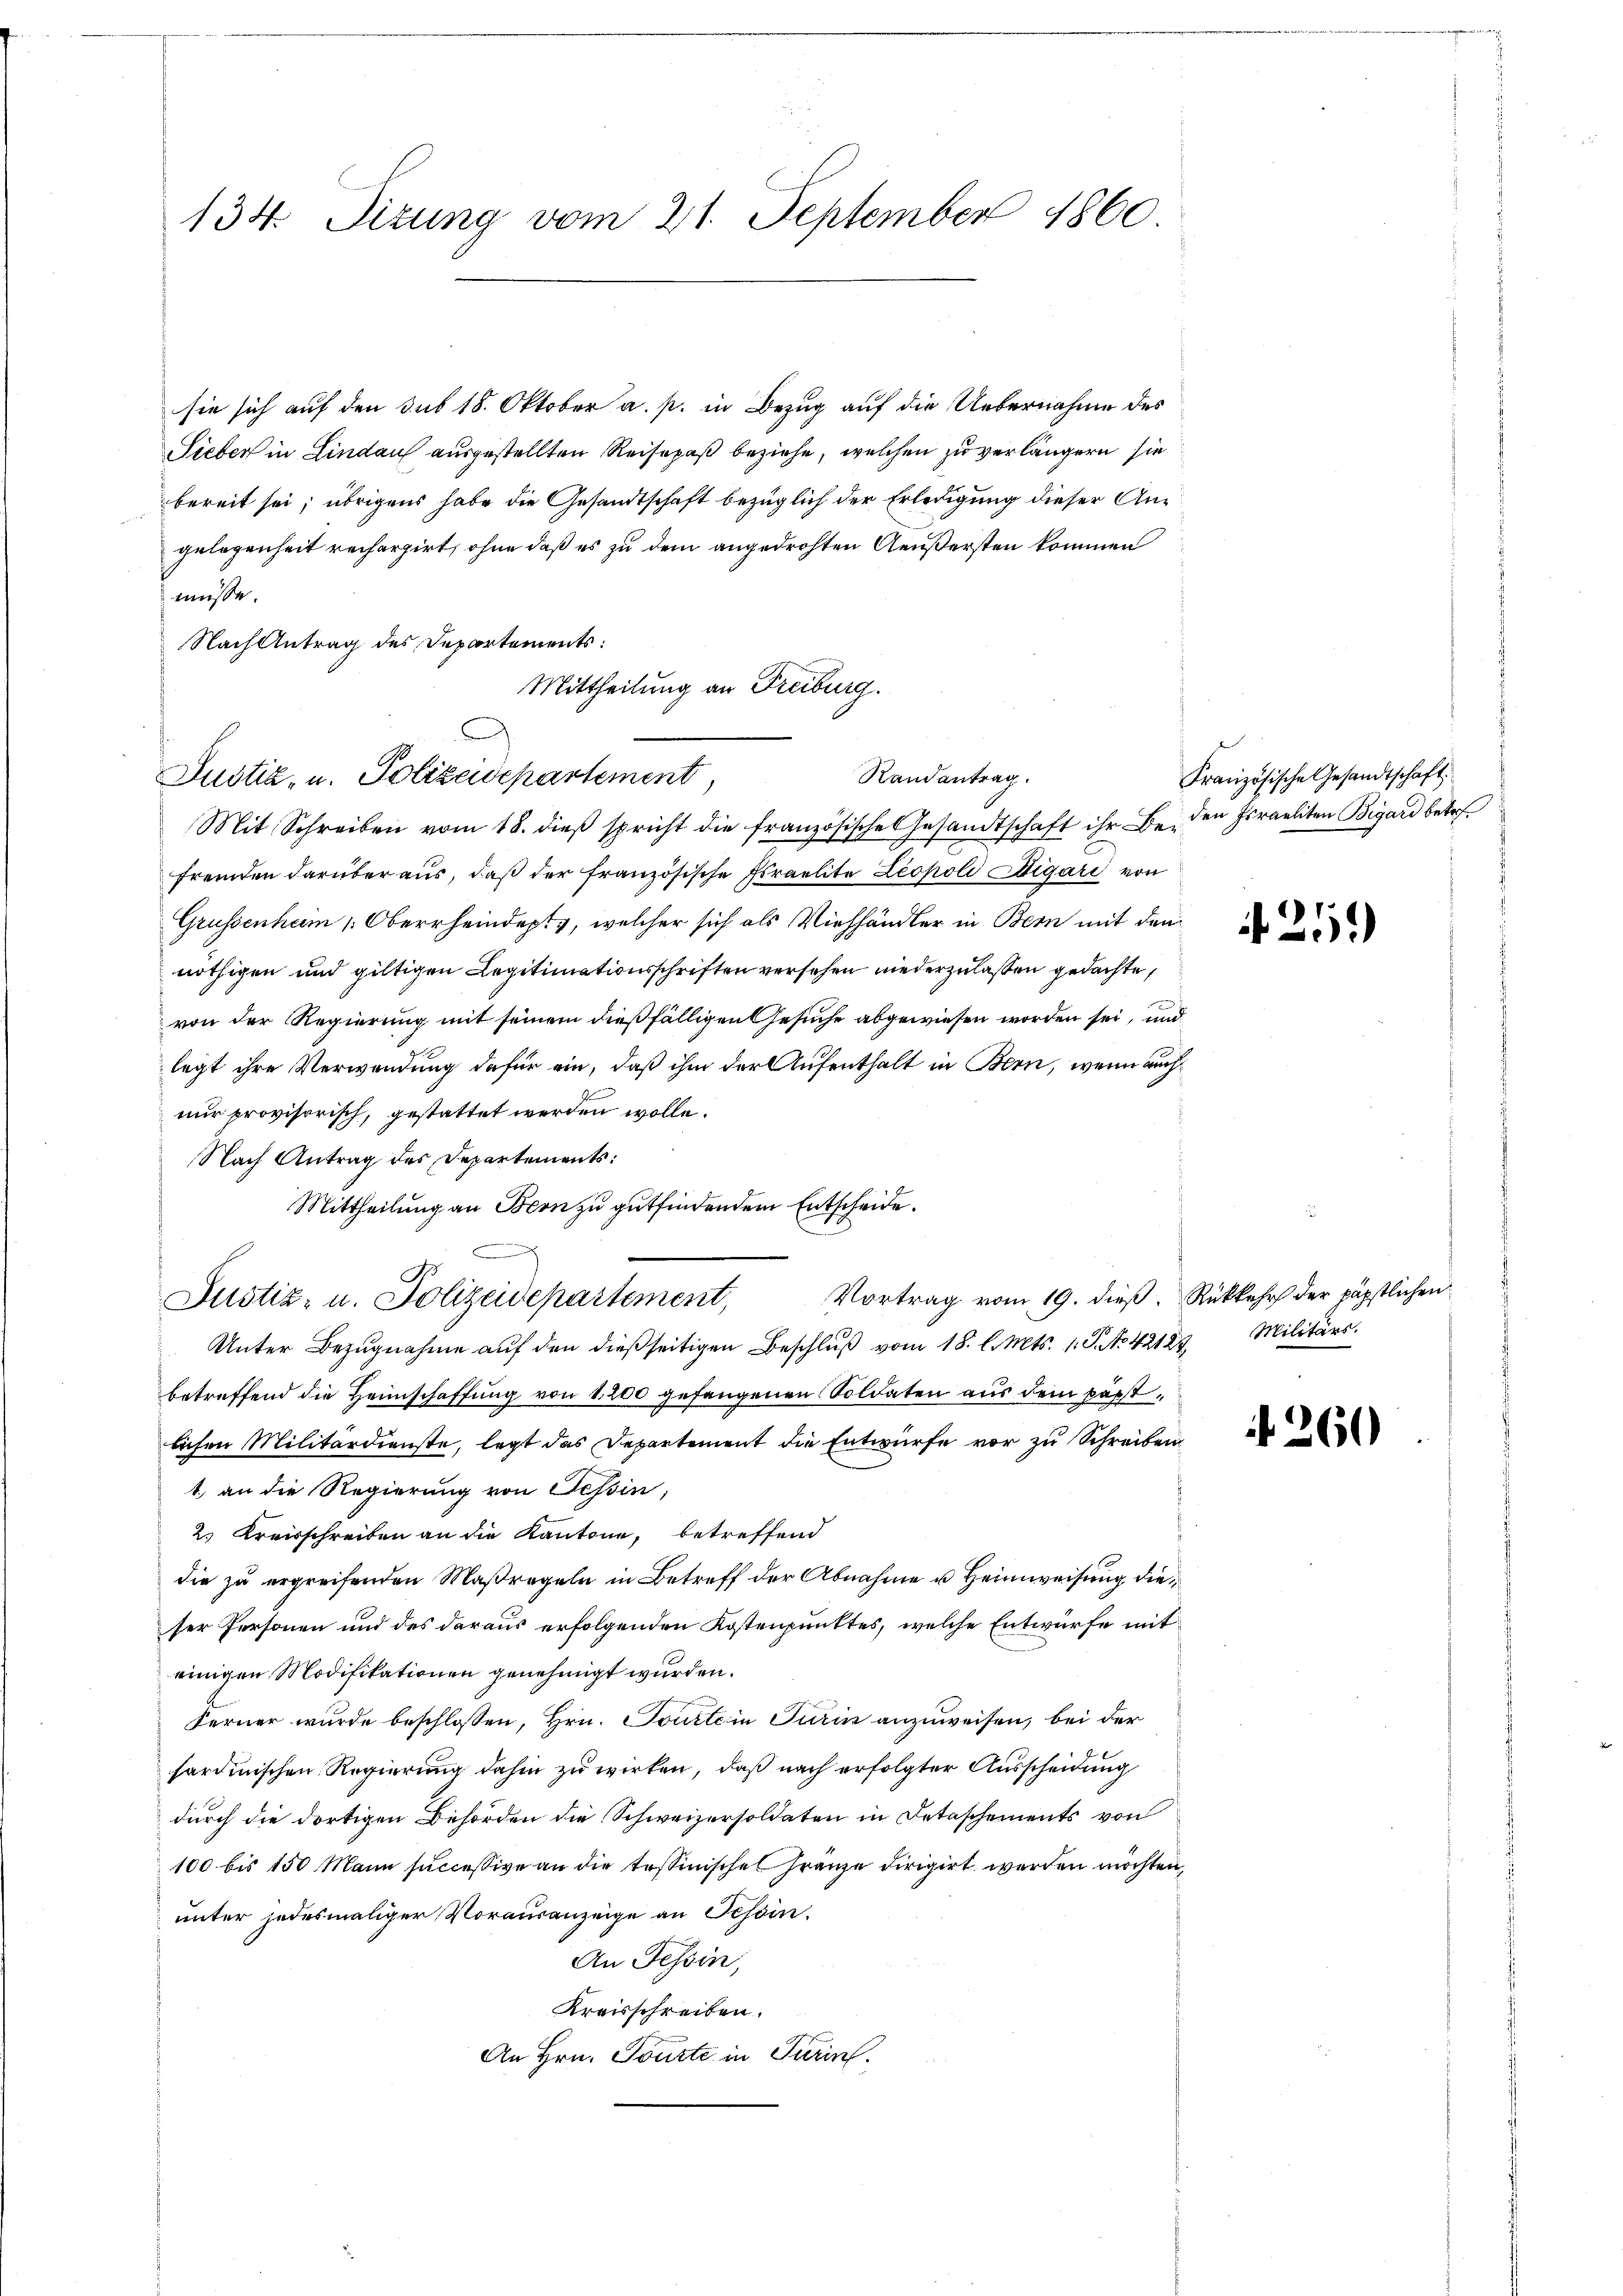
134. Sizung vom 21. September 1860.

sie sich auf den sub 18. Oktober a. p. in Bezug auf die Uebernahme des
Sieber in Lindau ausgestellten Reisepaß beziehe, welchen zu verlängern sie
bereit sei; übrigens habe die Gesandtschaft bezüglich der Erledigung dieser Angelegenheit rechargirt, ohne daß es zu dem angedrohten Aeußersten kommen
müsse.
Nach Antrag des Departements:
Mittheilung an Freiburg.

Randantrag.
Justiz- u. Polizeidepartement,

Mit Schreiben vom 18. dieβ spricht die französische Gesandtschaft ihr Be- den Israeliten Bigard betref
fremden darüber aus, daß der französische Israelite Leopold Digare von
Grüssenheim 1. Oberrheindept, welcher sich als Viehhändler in Bern mit den
nöthigen und giltigen Legitimationsschriften versehen niederzulaßen gedachte,
von der Regierung mit seinem dießfälligen Gesuche abgewiesen worden sei, und
legt ihre Verwendung dafür ein, daß ihm der Aufenthalt in Bern, wenn auch
nur provisorisch, gestattet werden wolle.
Nach Antrag des Departements:
Mittheilung an Bern zu gutfindendem Entscheide.
Justiz- u. Polizeidepartement, Vortrag vom 19. dieβ. Rükkehr der päpstlichen
Unter Bezŭgnahme aŭf den dießseitigen Beschlŭβ vom 18. l. Mts. 1. J. No 42124 Militärs.
betreffend die Heimschaffung von 1200 gefangenen Soldaten aus dem päpstlichen Militärdienste, legt das Departement die Entwurfe vor zu Schreiben
1. an die Regierung von Tessin,
2. Kreisschreiben an die Kantone, betreffend
die zu ergreifenden Maßregeln in Betreff der Abnahme u. Heimweisung dieser Personen und des daraus erfolgenden Kostenpunktes, welche Entwürfe mit
einigen Modifikationen genehmigt wurden.
Ferner wurde beschlossen, Hrn. Tourtein Turin anzuweisen, bei der
sardinischen Regierung dahin zu wirken, daß nach erfolgter Ausscheidung
durch die dortigen Behörden die Schweizersoldaten in Detaschements von
100 bis 150 Mann successive an die tessinischel Franze dirigirt werden möchten,
unter jedesmaliger Vorausanzeige an Tessin.
An Tessin,
Kreisschreiben.
An Hrn. Tourte in Turins.

e

Französische Gesandtschaft

.21)

f 260